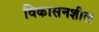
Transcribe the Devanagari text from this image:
विकासनशील